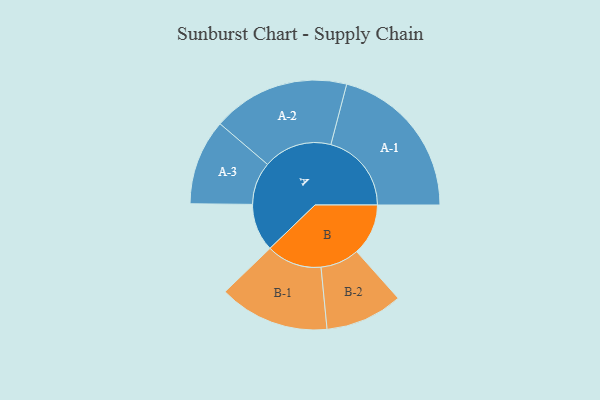
{"axis": {"x": "Segment", "y": "Value"}, "legend": ["", "A", "B"], "data": [{"x": "A", "y": 156, "type": ""}, {"x": "B", "y": 169, "type": ""}, {"x": "A-1", "y": 264, "type": "A"}, {"x": "A-2", "y": 225, "type": "A"}, {"x": "A-3", "y": 140, "type": "A"}, {"x": "B-1", "y": 181, "type": "B"}, {"x": "B-2", "y": 127, "type": "B"}]}